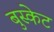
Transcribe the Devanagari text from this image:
बुस्केट